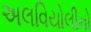
અલવિયોલીનો